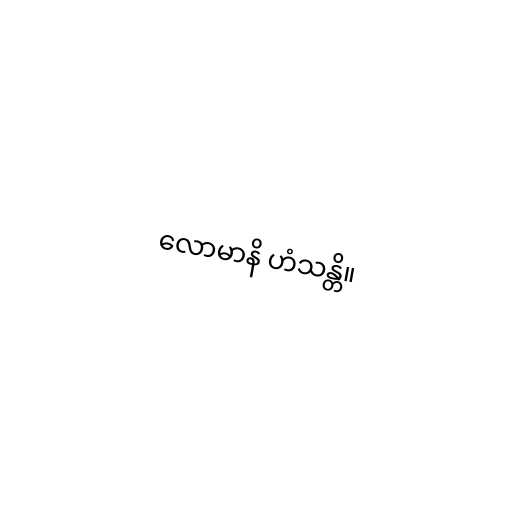
လောမာနိ ဟံသန္တိ။